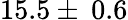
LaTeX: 15.5\pm\: 0.6